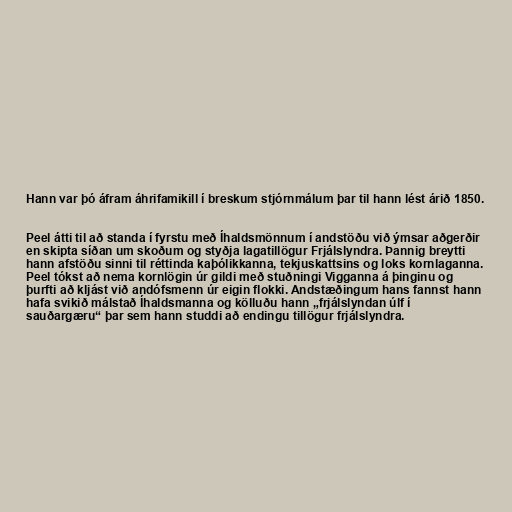
Hann var þó áfram áhrifamikill í breskum stjórnmálum þar til hann lést árið 1850.

Peel átti til að standa í fyrstu með Íhaldsmönnum í andstöðu við ýmsar aðgerðir
en skipta síðan um skoðum og styðja lagatillögur Frjálslyndra. Þannig breytti
hann afstöðu sinni til réttinda kaþólikkanna, tekjuskattsins og loks kornlaganna.
Peel tókst að nema kornlögin úr gildi með stuðningi Vigganna á þinginu og
þurfti að kljást við andófsmenn úr eigin flokki. Andstæðingum hans fannst hann
hafa svikið málstað Íhaldsmanna og kölluðu hann „frjálslyndan úlf í
sauðargæru“ þar sem hann studdi að endingu tillögur frjálslyndra.